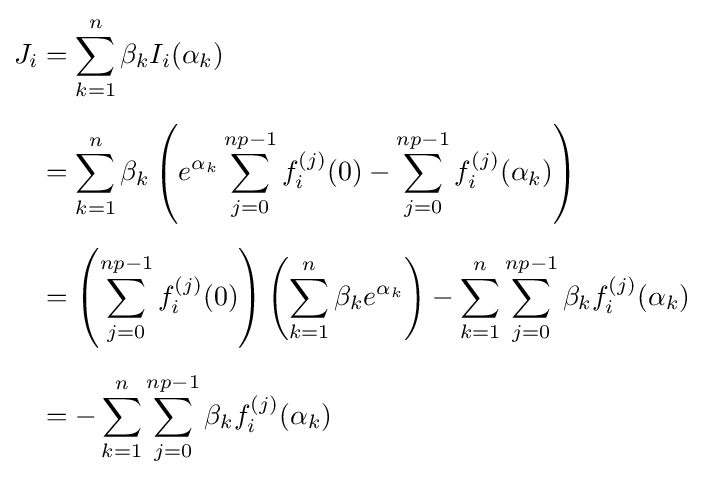
{\begin{aligned}J_{i}&=\sum _{k=1}^{n}\beta _{k}I_{i}(\alpha _{k})\\[5pt]&=\sum _{k=1}^{n}\beta _{k}\left(e^{\alpha _{k}}\sum _{j=0}^{np-1}f_{i}^{(j)}(0)-\sum _{j=0}^{np-1}f_{i}^{(j)}(\alpha _{k})\right)\\[5pt]&=\left(\sum _{j=0}^{np-1}f_{i}^{(j)}(0)\right)\left(\sum _{k=1}^{n}\beta _{k}e^{\alpha _{k}}\right)-\sum _{k=1}^{n}\sum _{j=0}^{np-1}\beta _{k}f_{i}^{(j)}(\alpha _{k})\\[5pt]&=-\sum _{k=1}^{n}\sum _{j=0}^{np-1}\beta _{k}f_{i}^{(j)}(\alpha _{k})\end{aligned}}